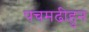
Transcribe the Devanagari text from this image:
पचमढीहुन